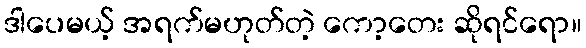
ဒါပေမယ့် အရက်မဟုတ်တဲ့ ကော့တေး ဆိုရင်ရော။